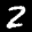
Label: 2